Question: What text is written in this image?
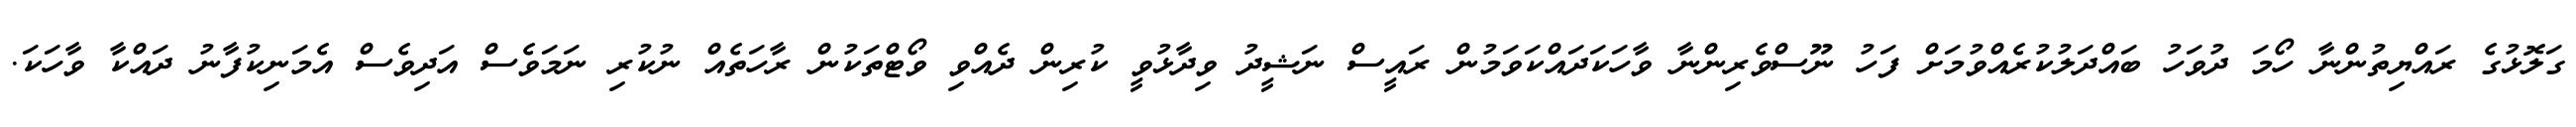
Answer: ގަލޮޅުގެ ރައްޔިތުންނާ ހޯމަ ދުވަހު ބައްދަލުކުރެއްވުމަށް ފަހު ނޫސްވެރިންނާ ވާހަކަދައްކަވަމުން ރައީސް ނަޝީދު ވިދާޅުވީ ކުރިން ދެއްވި ވޯޓްތަކުން ރާހަތެއް ނުކުރި ނަމަވެސް އަދިވެސް އެމަނިކުފާނު ދައްކާ ވާހަކަ.